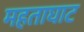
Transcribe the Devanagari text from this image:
महताघाट